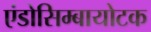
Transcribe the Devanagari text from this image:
एंडोसिम्बायोटक